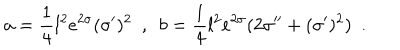
a = \frac 1 4 l ^ { 2 } e ^ { 2 \sigma } ( \sigma ^ { \prime } ) ^ { 2 } ~ ~ , ~ ~ b = \frac 1 4 l ^ { 2 } e ^ { 2 \sigma } ( 2 \sigma ^ { \prime \prime } + ( \sigma ^ { \prime } ) ^ { 2 } ) ~ ~ .